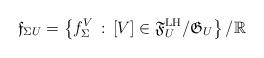
LaTeX: \begin{align*}{\mathfrak{f}}_{\Sigma U}=\left\{f_\Sigma^V\,:\, [V]\in {\frak F}^{\rm LH}_U/{\frak G}_U\right\}/\mathbb{R}\end{align*}